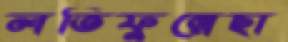
লতিফুন্নেছা